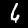
Label: 6